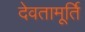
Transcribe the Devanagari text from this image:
देवतामूर्ति